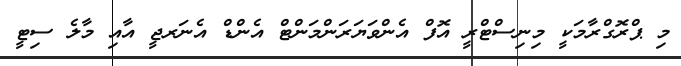
މި ޕްރޮގްރާމަކީ މިނިސްޓްރީ އޮފް އެންވަޔަރަންމަންޓް އެންޑް އެނަރޖީ އާއި މާލެ ސިޓީ